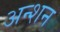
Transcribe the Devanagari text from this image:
अन्शन